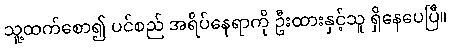
သူ့ထက်စော၍ ပင်စည် အရိပ်နေရာကို ဦးထားနှင့်သူ ရှိနေပေပြီ။